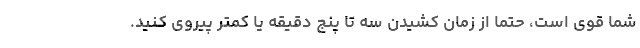
شما قوی است، حتما از زمان کشیدن سه تا پنج دقیقه یا کمتر پیروی کنید.